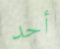
أحد